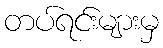
တပ်ရင်းများမှ